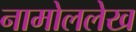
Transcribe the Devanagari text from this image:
नामोललेख